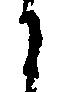
に